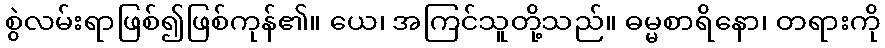
စွဲလမ်းရာဖြစ်၍ဖြစ်ကုန်၏။ ယေ၊ အကြင်သူတို့သည်။ ဓမ္မစာရိနော၊ တရားကို